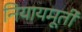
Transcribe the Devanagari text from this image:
नियायमूर्ती